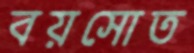
বয়সোত